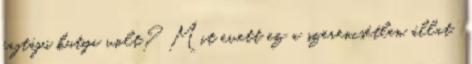
fajtájú kutya volt? Mit evett ez a szerencsétlen állat